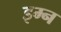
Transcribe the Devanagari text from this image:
इम्न